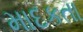
માદકતા